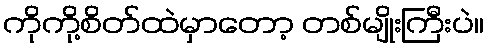
ကိုကို့စိတ်ထဲမှာတော့ တစ်မျိုးကြီးပဲ။